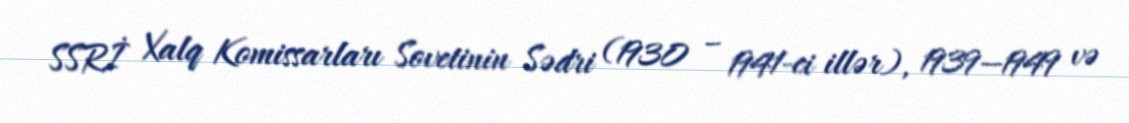
SSRİ Xalq Komissarları Sovetinin Sədri (1930 – 1941-ci illər), 1939—1949 və